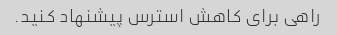
راهی برای کاهش استرس پیشنهاد کنید.